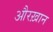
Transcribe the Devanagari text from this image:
औरख़ान